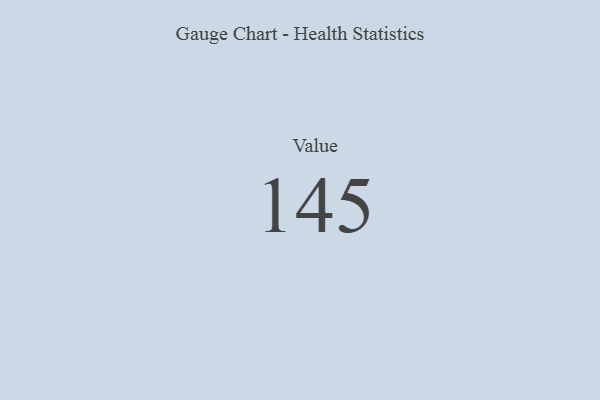
{"axis": {"x": "Metric", "y": "Value"}, "legend": [""], "data": [{"x": "Value", "y": 145, "type": ""}]}